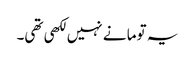
یہ توما نے نہیں لکھی تھی۔